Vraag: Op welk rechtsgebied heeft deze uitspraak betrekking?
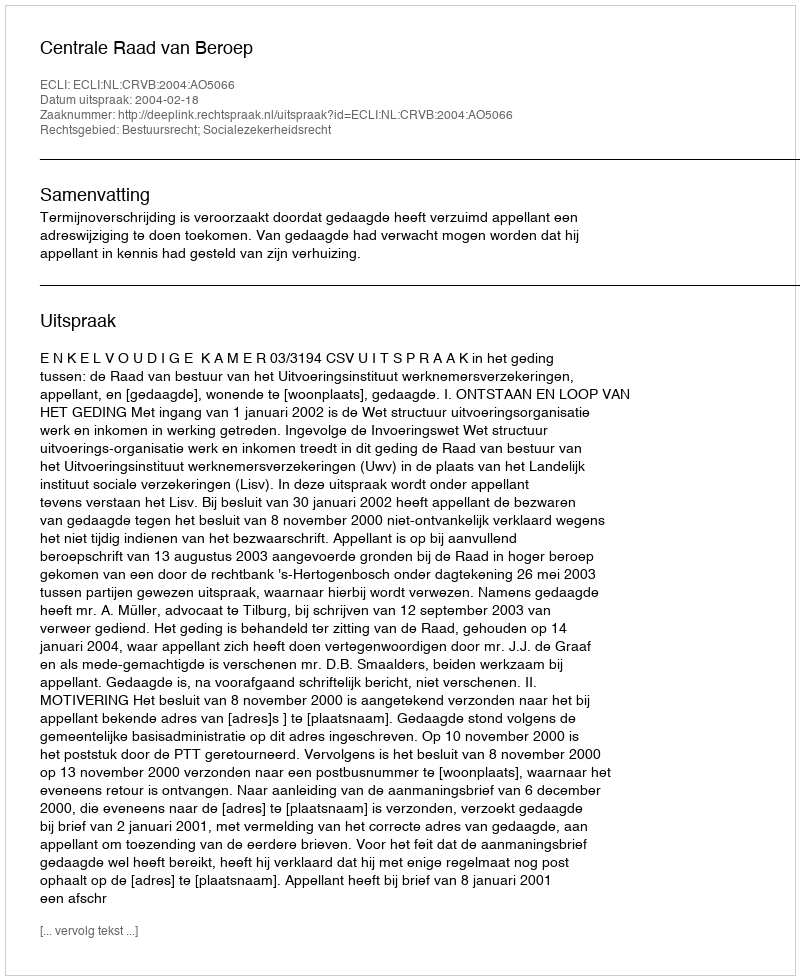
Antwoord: Bestuursrecht; Socialezekerheidsrecht